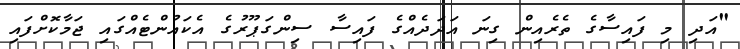
"އަދި މި ފައިސާގެ ތެރެއިން ގިނަ އަދަދެއްގެ ފައިސާ ސިންގަޕޫރުގެ އެކައުންޓެއްގައި ޖަމާކޮށްފައި